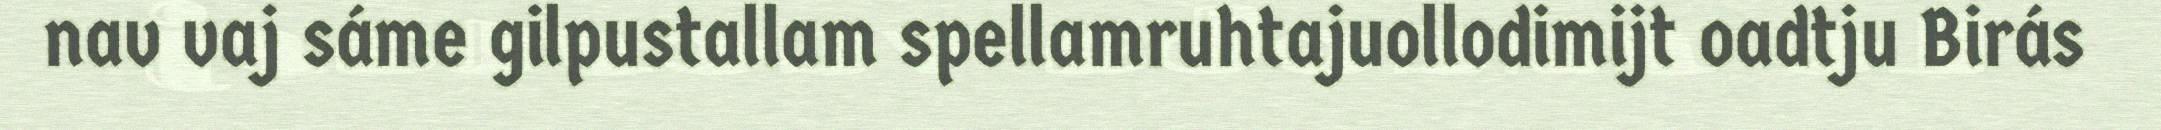
nav vaj sáme gilpustallam spellamruhtajuollodimijt oadtju Birás